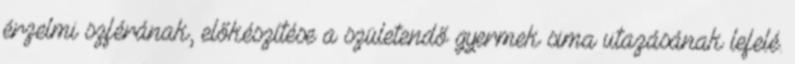
érzelmi szférának, előkészítése a születendő gyermek sima utazásának lefelé.